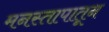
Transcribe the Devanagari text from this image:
मनस्तापातून